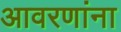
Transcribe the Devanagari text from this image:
आवरणांना